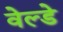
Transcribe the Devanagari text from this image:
वेल्डे